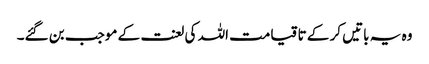
وہ یہ باتیں کر کے تا قیامت اللہ کی لعنت کے موجب بن گئے۔